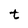
Character: t